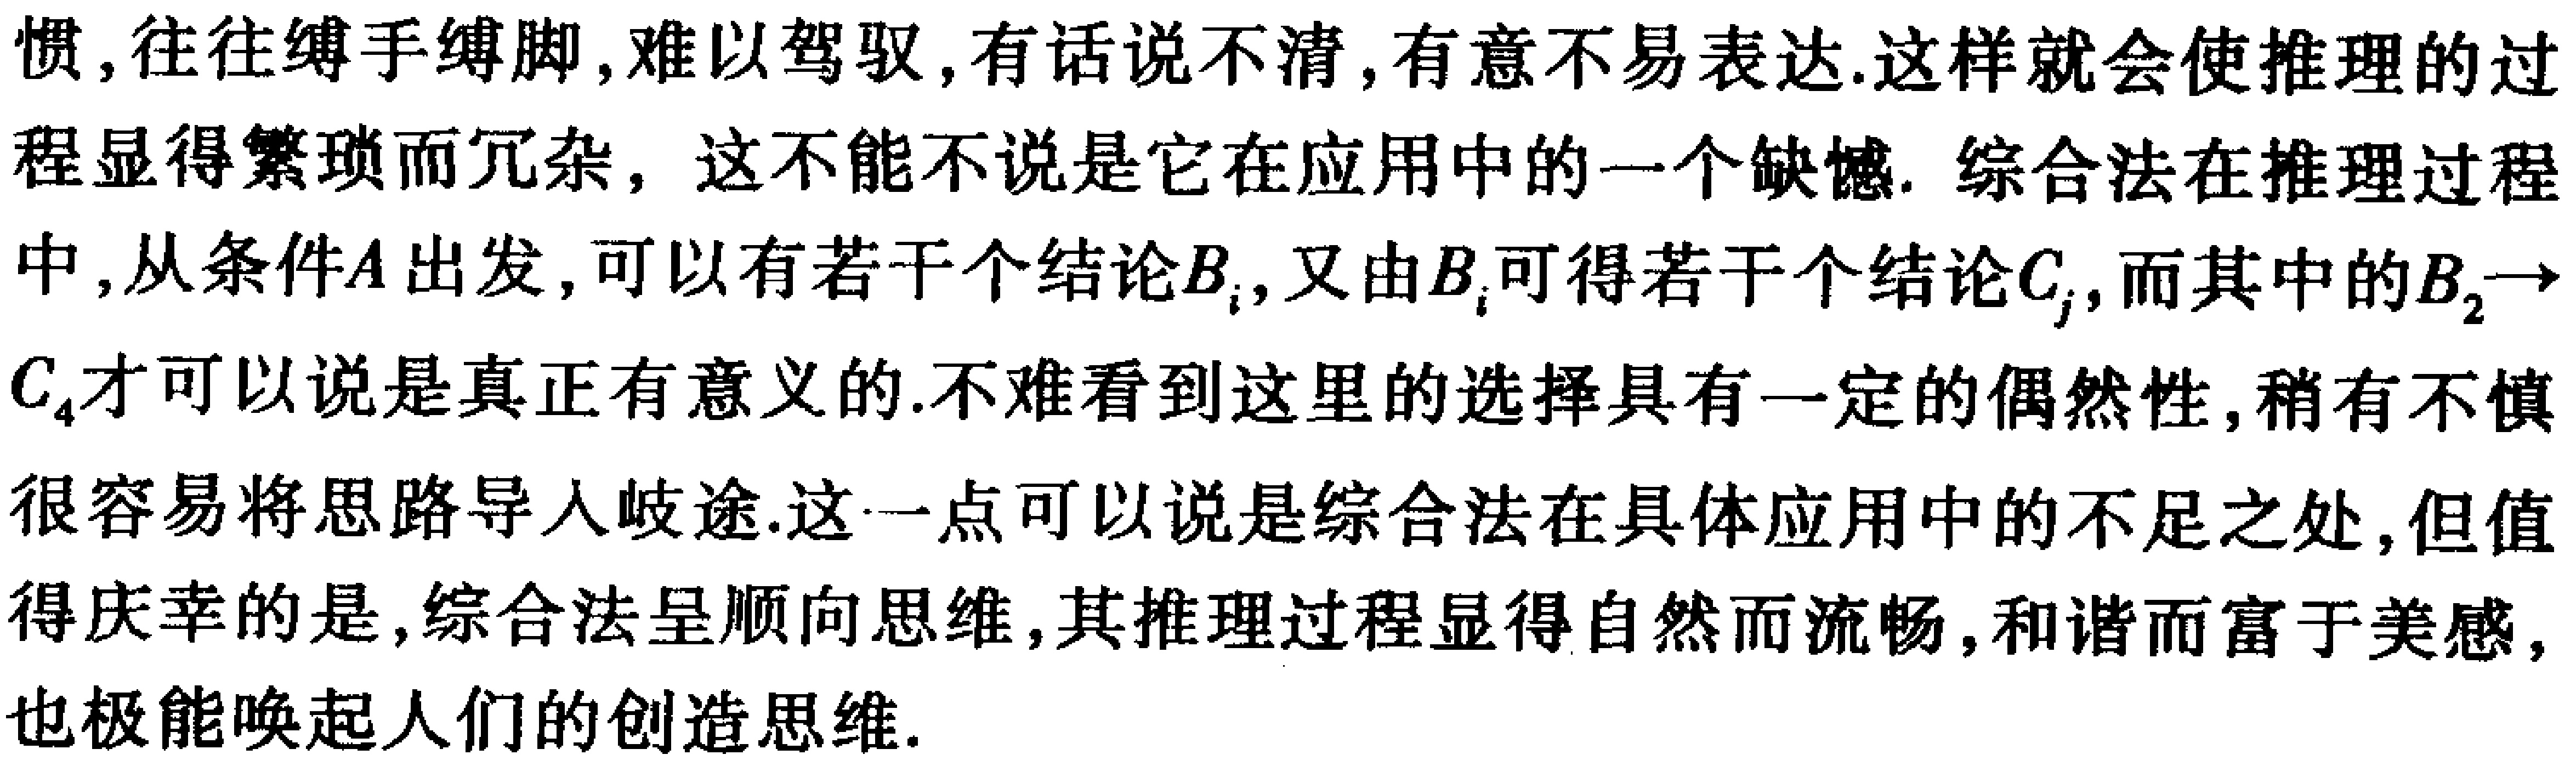
惯,往往缚手缚脚,难以驾驭,有话说不清,有意不易表达.这样就会使推理的过程显得繁琐而冗杂，这不能不说是它在应用中的一个缺憾. 综合法在推理过程中,从条件\(A\)出发,可以有若干个结论\(B_{i}\),又由\(B_{i}\)可得若干个结论\(C_{j}\),而其中的\(B_{2}\to C_{4}\)才可以说是真正有意义的.不难看到这里的选择具有一定的偶然性,稍有不慎很容易将思路导入岐途.这一点可以说是综合法在具体应用中的不足之处,但值得庆幸的是,综合法呈顺向思维,其推理过程显得自然而流畅,和谐而富于美感,也极能唤起人们的创造思维.